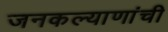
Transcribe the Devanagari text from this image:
जनकल्याणांची